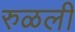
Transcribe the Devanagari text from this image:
रुळली